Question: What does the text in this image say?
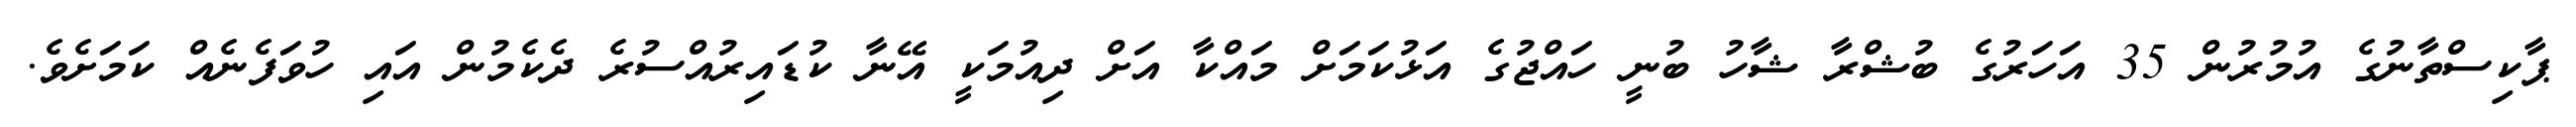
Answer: ޕާކިސްތާނުގެ އުމުރުން 35 އަހަރުގެ ބުޝްރާ ޝާހު ބުނީ ހައްޖުގެ އަޅުކަމަށް މައްކާ އަށް ދިއުމަކީ އޭނާ ކުޑައިރުއްސުރެ ދެކެމުން އައި ހުވަފެނެއް ކަމަށެވެ.